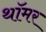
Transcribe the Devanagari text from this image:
थॉमर